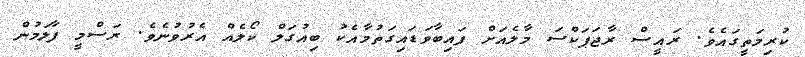
ކުރިމަތީގައެވެ. ރައީސް ރާޖަޕަކްސަ މާލެއަށް ފައިބާވަޑައިގަތުމާއެކު ބިއުގަލް ކޯލެއް އެރުވުނެވެ. ރަސްމީ ފާލަމުން